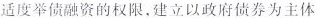
适度举债融资的权限，建立以政府债券为主体